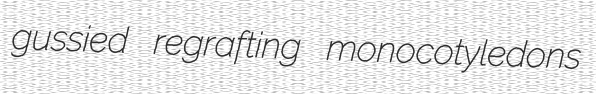
gussied regrafting monocotyledons